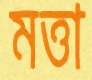
মত্তা